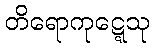
တိရောကုဋ္ဋေသု